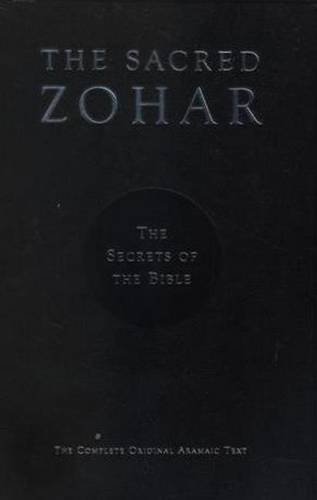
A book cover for Zohar: The Secrets of the Bible; Rabbi Michael Berg; Religion & Spirituality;